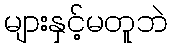
များနှင့်မတူဘဲ